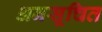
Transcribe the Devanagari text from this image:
अनसूचित